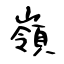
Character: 嶺